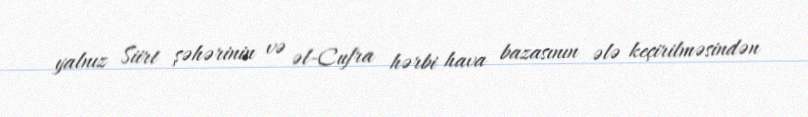
yalnız Siirt şəhərinin və əl-Cufra hərbi hava bazasının ələ keçirilməsindən